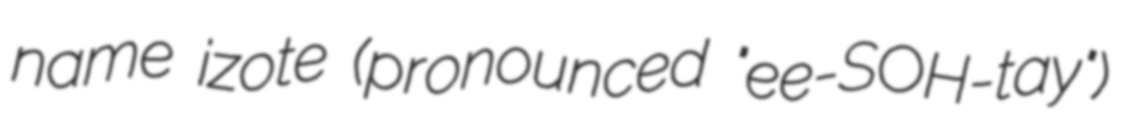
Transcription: name izote (pronounced "ee-SOH-tay")